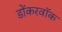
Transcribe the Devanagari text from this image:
डोंकरवॉक